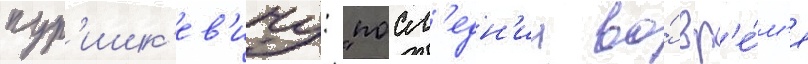
пур'ишк'ев'ичу: "посл'едн'ии во́ вр'е́м'я